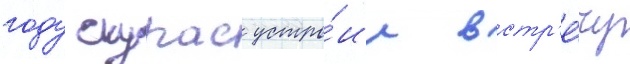
году скурас устро́ил встр'е́чу